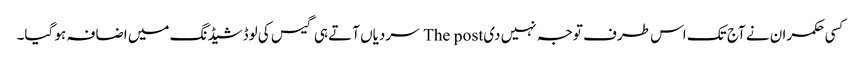
کسی حکمران نے آج تک اس طرف توجہ نہیں دی The post سردیاں آتے ہی گیس کی لوڈشیڈنگ میں اضافہ ہو گیا۔